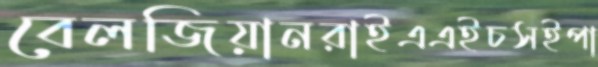
বেলজিয়ানরাইএএইচসইপা